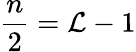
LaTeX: \frac{n}{2}={\cal L}-1